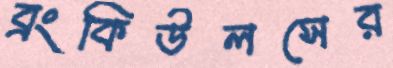
ব্রংকিউলসের